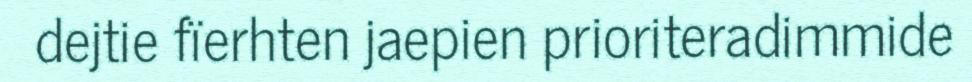
dejtie fïerhten jaepien prioriteradimmide